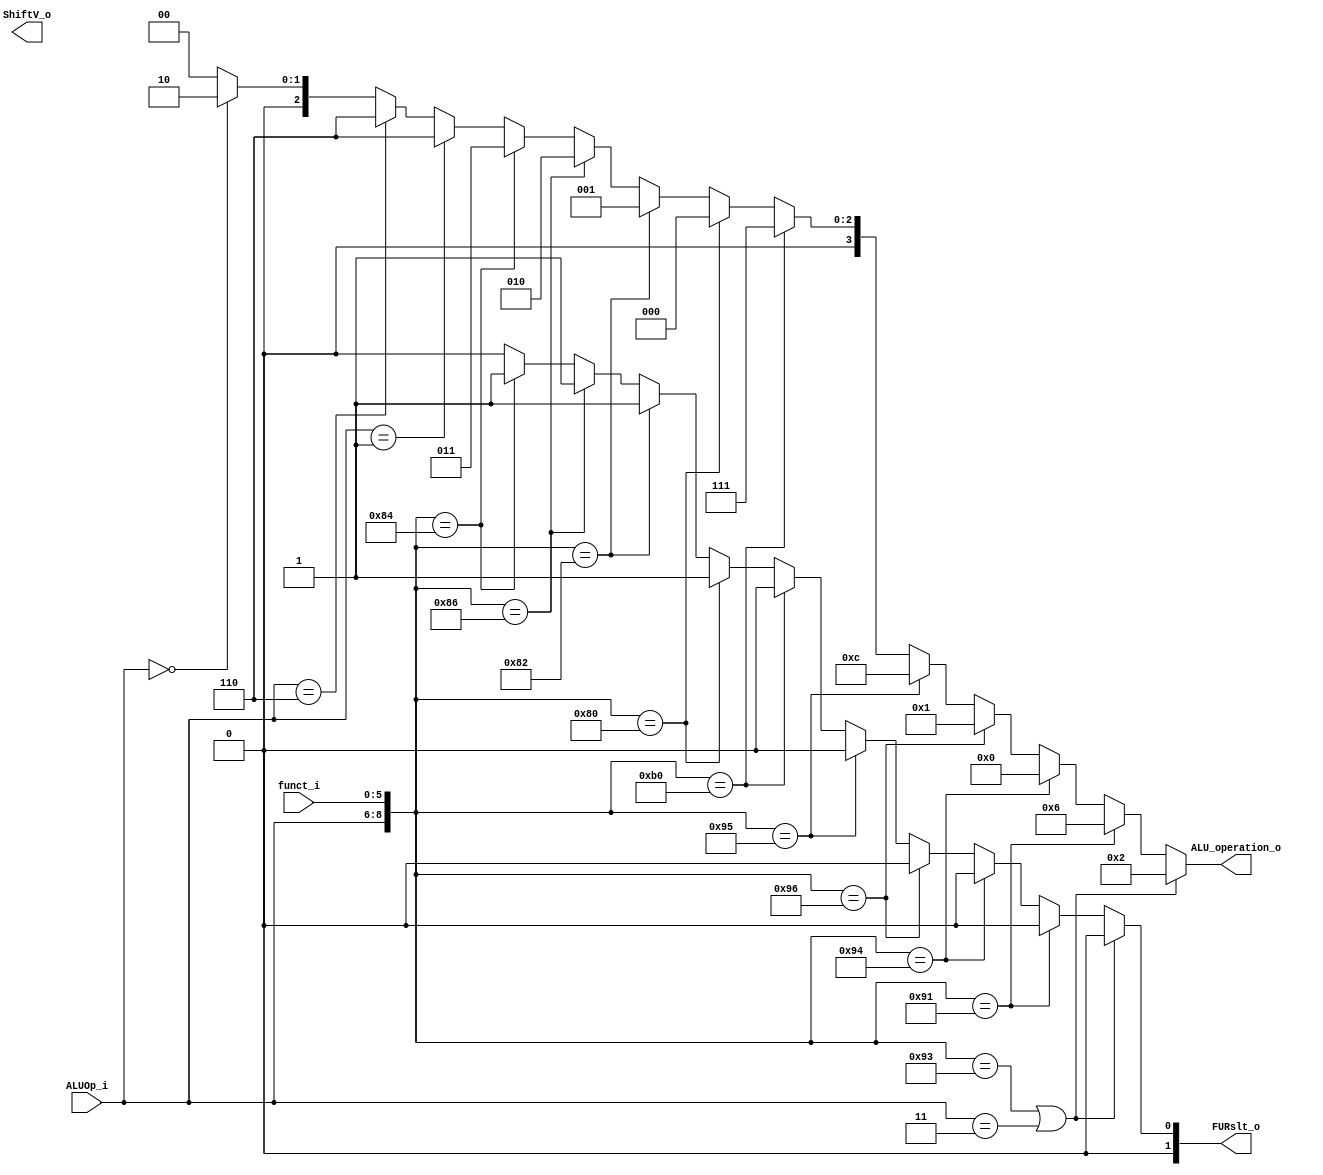
module ALU_Ctrl( funct_i, ALUOp_i, ALU_operation_o, FURslt_o, ShiftV_o);

//I/O ports 
input      [6-1:0] funct_i;
input      [3-1:0] ALUOp_i;

output     [4-1:0] ALU_operation_o;  
output     [2-1:0] FURslt_o;
output		   	   ShiftV_o;
     
//Internal Signals
wire		[4-1:0] ALU_operation_o;
wire		[2-1:0] FURslt_o;
wire			    ShiftV_o;	

//Main function
assign ALU_operation_o = ({ALUOp_i,funct_i} == 9'b010_010011 || ALUOp_i == 3'b011) ? 4'b0010 : //add addi
			 		      ({ALUOp_i,funct_i} == 9'b010_010001) ? 4'b0110 :  //sub
			 		      ({ALUOp_i,funct_i} == 9'b010_010100) ? 4'b0000 :  //and
			 		      ({ALUOp_i,funct_i} == 9'b010_010110) ? 4'b0001 :  //or 
			  		      ({ALUOp_i,funct_i} == 9'b010_010101) ? 4'b1100 :  //nor 
			 		      ({ALUOp_i,funct_i} == 9'b010_110000) ? 4'b0111 :  //slt
			 		      ({ALUOp_i,funct_i} == 9'b010_000000) ? 4'b0000 :  //sll
			 		      ({ALUOp_i,funct_i} == 9'b010_000010) ? 4'b0001 :  //srl
			 		      ({ALUOp_i,funct_i} == 9'b010_000110) ? 4'b0010 :  //sllv
					      ({ALUOp_i,funct_i} == 9'b010_000100) ? 4'b0011 :  //srlv 
					      (ALUOp_i == 3'b001) ? 6 :							//beq
						  (ALUOp_i == 3'b110) ? 6 :							//bne
						  (ALUOp_i == 3'b000) ? 2 : 0;						//lw sw 

assign FURslt_o =  ({ALUOp_i,funct_i} == 9'b010_010011 || ALUOp_i == 3'b011) ? 2'b00 : //add addi
					({ALUOp_i,funct_i} == 9'b010_010001) ? 2'b00 :  //sub
					({ALUOp_i,funct_i} == 9'b010_010100) ? 2'b00 :  //and
					({ALUOp_i,funct_i} == 9'b010_010110) ? 2'b00 :  //or 
					({ALUOp_i,funct_i} == 9'b010_010101) ? 2'b00 :  //nor 
			 		({ALUOp_i,funct_i} == 9'b010_110000) ? 2'b00 :  //slt
			 		({ALUOp_i,funct_i} == 9'b010_000000) ? 2'b01 :  //sll
					({ALUOp_i,funct_i} == 9'b010_000010) ? 2'b01 :  //srl
					({ALUOp_i,funct_i} == 9'b010_000110) ? 2'b01 :  //sllv
					({ALUOp_i,funct_i} == 9'b010_000100) ? 2'b01 : 2'b00;  //srlv others(lw & sw)

assign ShifterV_o = ({ALUOp_i,funct_i} == 9'b001_000110) ? 1 : 		//SLLV
					({ALUOp_i,funct_i} == 9'b001_000100) ? 1 : 0; 	//SRLV	

endmodule